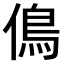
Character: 𠌵